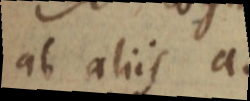
ab aliis a